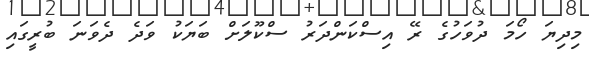
މިދިޔަ ހޯމަ ދުވަހުގެ ރޭ އިސްކަންދަރު ސްކޫލަށް ބަޔަކު ވަދެ ދެވަނަ ބުރީގައި